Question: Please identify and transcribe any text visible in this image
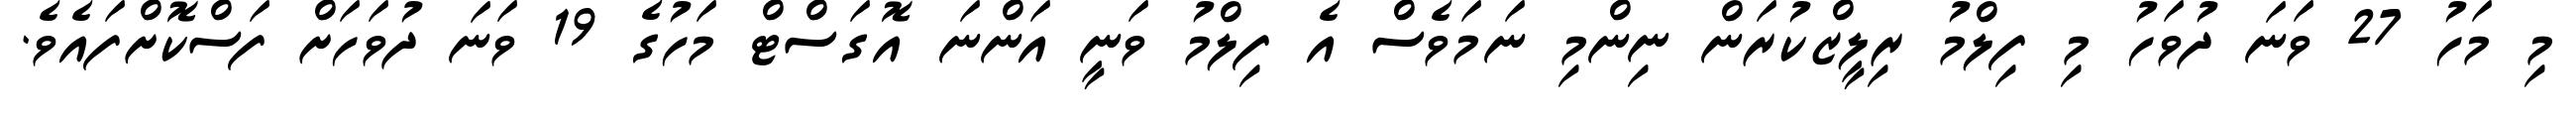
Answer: މި މަހު 27 ވަނަ ދުވަހު މި ފިލްމު ރިލީޒްކުރަން ނިންމި ނަމަވެސް އެ ފިލްމު ވަނީ އަންނަ އޮގަސްޓް މަހުގެ 19 ވަނަ ދުވަހަށް ފަސްކޮށްފައެވެ.